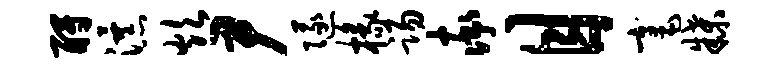
酹瀑炊尹隧椽踢率目毫牒